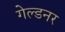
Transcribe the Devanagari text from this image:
गेल्डनर